EAOK_Sinod, lk 53
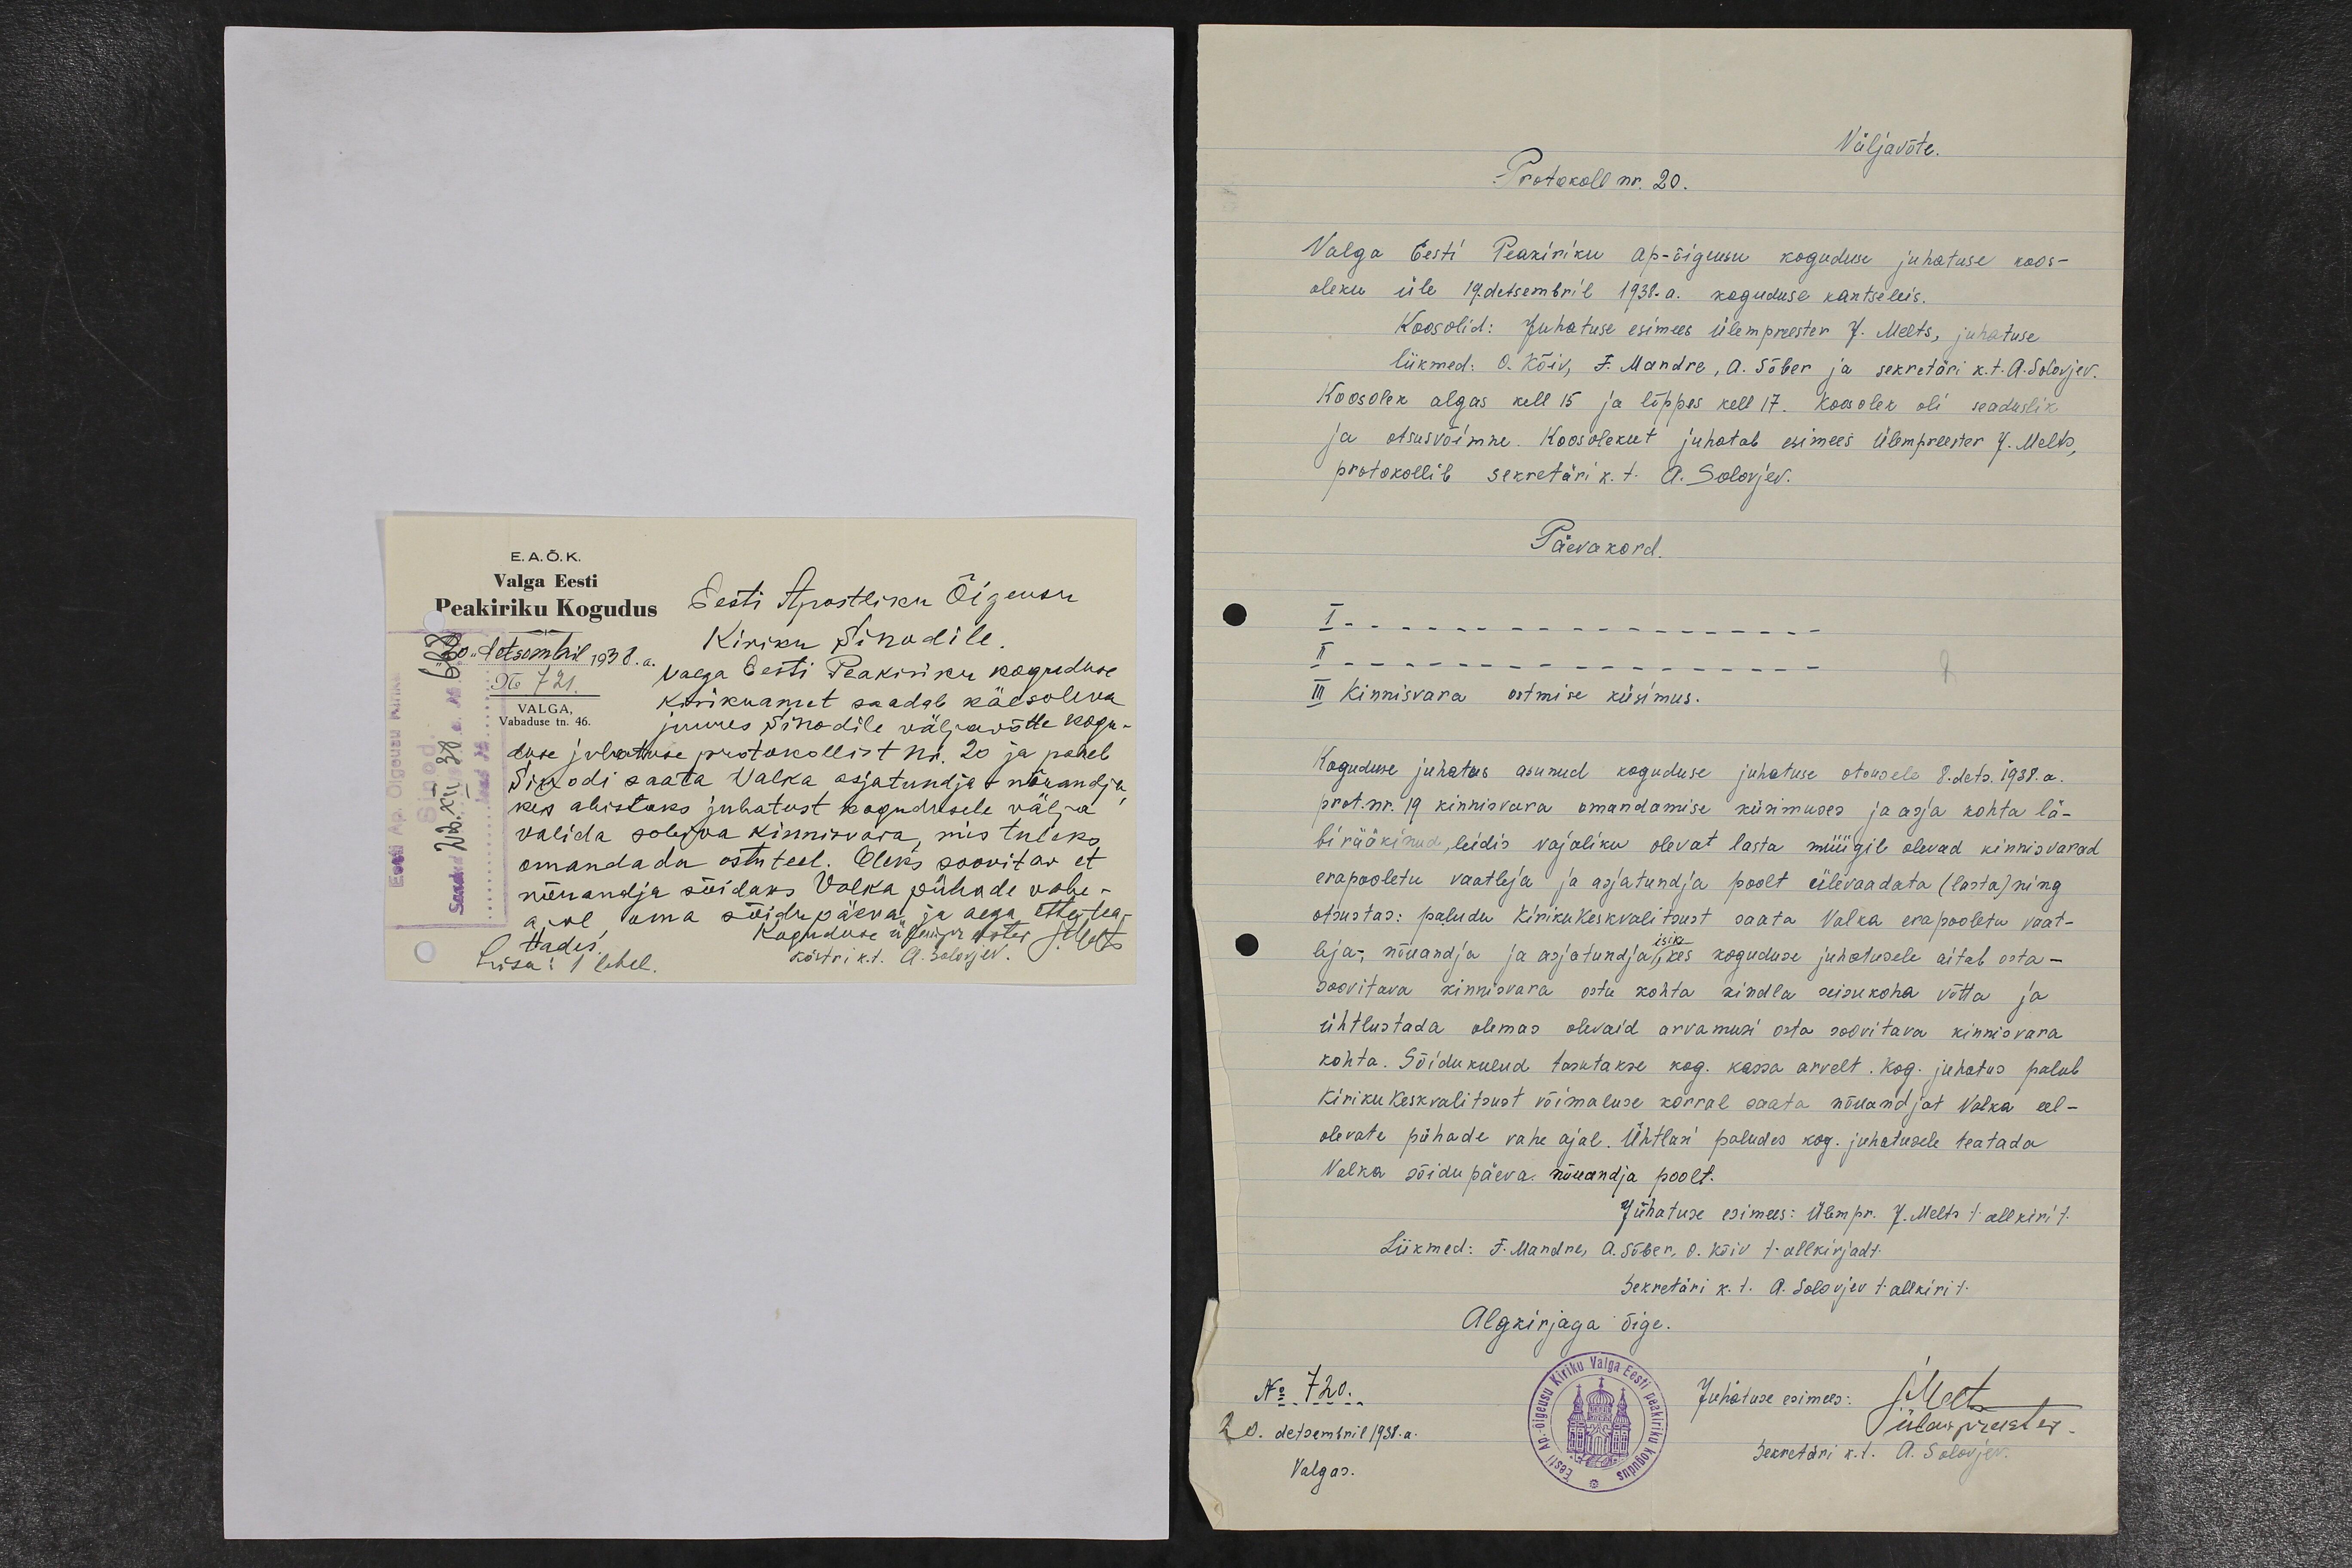
E.A.Õ.K.
Valga Eesti
Peakiriku Kogudus
„30“ detsembril 1938. a.
No 721.
Vabaduse tn. 46.
Eesti Apostliku Õigeusu
Kiriku Sinodile
Valga Eesti Peakiriku koguduse
kirikuamet saadab käesoleva
juures Sinodile väljavõtte kogu-
duse juhatause protokollist nr. 20 ja palub
Sinodi saata Valka asjatundja nõuandja,
kes abistaks juhatust kogudusele välja
valida sobiva kinnisvara, mis tuleks
omandada ostu teel. Oleks soovitav et
nõuandja sõidaks Valka pühade vahe-
ajal, kuna sõidupäeva ja aega ette tea-
tades.
Koguduse ülempreester J. Melts
Lisa: 1 lehel.
Köstri k.t. A. Solovjev.

Väljavõte.
Protokoll nr. 20.
Valga Eesti Peakiriku ap-õigeusu koguduse juhatuse koos-
oleku üle 19. detsembril 1938. a. koguduse kantseleis.
Koosolid: Juhatuse esimees ülempreester J. Melts, juhatuse
liikmed: O. Kõiv, F. Mandre, A. Sõber ja sekretäri k.t. A. Solovjev.
Koosolek algas kell 15 ja lõppes kell 17. Koosolek oli seaduslik
ja otsusvõimne. Koosolekut juhatab esimees Ülempreester J. Melts,
protokollib sekretäri k.t. A. Solovjev.
Päevakord.
I _ _ _ _ _ _ _ _ _ _ _ _ _ _ _ _ _ _
II _ _ _ _ _ _ _ _ _ _ _ _ _ _ _ _ _
III Kinnisvara ostmise küsimus.
Koguduse juhatus asunud koguduse juhatuse otsusele 8. dets. 1938. a.
prot. nr. 19 kinnisvara omandamise küsimuses ja asja kohta lä-
birääkinud, leidis vajaliku olevat lasta müügil olevad kinnisvarad
erapooletu vaatleja ja asjatundja poolt ülevaadata (lasta) ning
otsustas: paluda Kiriku Keskvalitsust saata Valka erapooletu vaat-
leja-, nõuandja ja asjatundja, kes koguduse juhatusele aitab osta-
soovitava kinnisvara ostu kohta kindla seisukoha võtta ja
ühtlustada olemas olevaid arvamusi osta soovitava kinnisvara
kohta. Sõidukulud tasutakse kog. kassa arvelt. Kog. juhatus palub
Kiriku Keskvalitsust võimaluse korral saata nõuandjat Valka eel-
olevate pühade vahe ajal. Ühtlasi paludes kog. juhatusele teatada
Valka sõidupäeva nõuandja poolt.
Juhatuse esimees: Ülempr. J. Melts / allkiri /
Liikmed: F. Mandre, A. Sõber, O. Kõiv / allkirjad /
Sekretäri k. t. A. Solovjev / allkiri /
Algkirjaga õige.
No 720.
20. detsembril 1938. a.
Valgas.
Juhatuse esimees: JMelts
Ülempreester.
Sekretäri k.t. A. Solovjev.